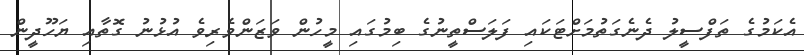
އެކަމުގެ ތަފްސީލު ދެނެގަތުމަށްޓަކައި ފަލަސްތީނުގެ ބިމުގައި މީހުން ވަޒަންވެރިވެ އުޅުުނު ގޮތާއި ޔަހޫދީން